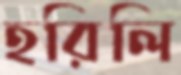
হরিলি